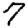
Digit: 7